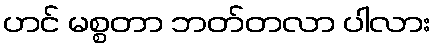
ဟင် မစ္စတာ ဘတ်တလာ ပါလား